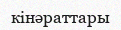
кінәраттары